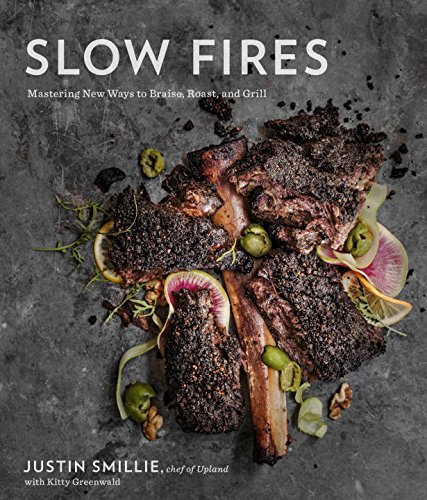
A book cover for Slow Fires: Mastering New Ways to Braise, Roast, and Grill; Justin Smillie; Cookbooks, Food & Wine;